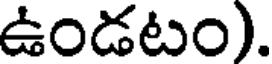
ఉండటం).